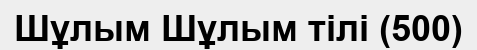
Шұлым Шұлым тілі (500)